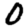
Digit: 0